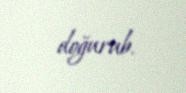
doğurub.